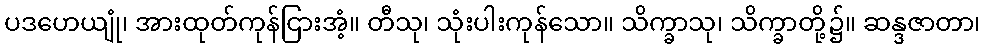
ပဒဟေယျုံ၊ အားထုတ်ကုန်ငြားအံ့။ တီသု၊ သုံးပါးကုန်သော။ သိက္ခာသု၊ သိက္ခာတို့၌။ ဆန္ဒဇာတာ၊